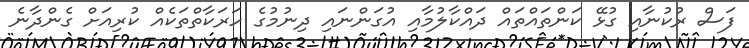
ފަސް ރުކުނާއި ގުޅޭ ކަންތައްތައް ދައްކާލުމާއި އުގަންނައި ދިނުމުގެ ހަރަކާތްތަކެއް ކުރިއަށް ގެންދާނެ